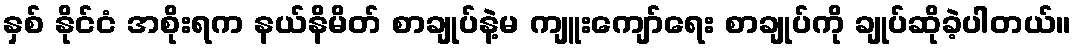
နှစ် နိုင်ငံ အစိုးရက နယ်နိမိတ် စာချုပ်နဲ့မ ကျူးကျော်ရေး စာချုပ်ကို ချုပ်ဆိုခဲ့ပါတယ်။